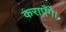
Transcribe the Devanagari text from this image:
कराएँगे।